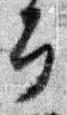
幸